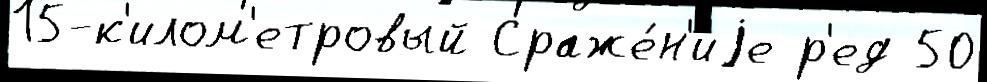
15-к'илом'етровый Сраже́н'иjе р'ед 50